Civil Veterinary Department Bihar reports 1936-40 - 1936-1940
Year: 1936
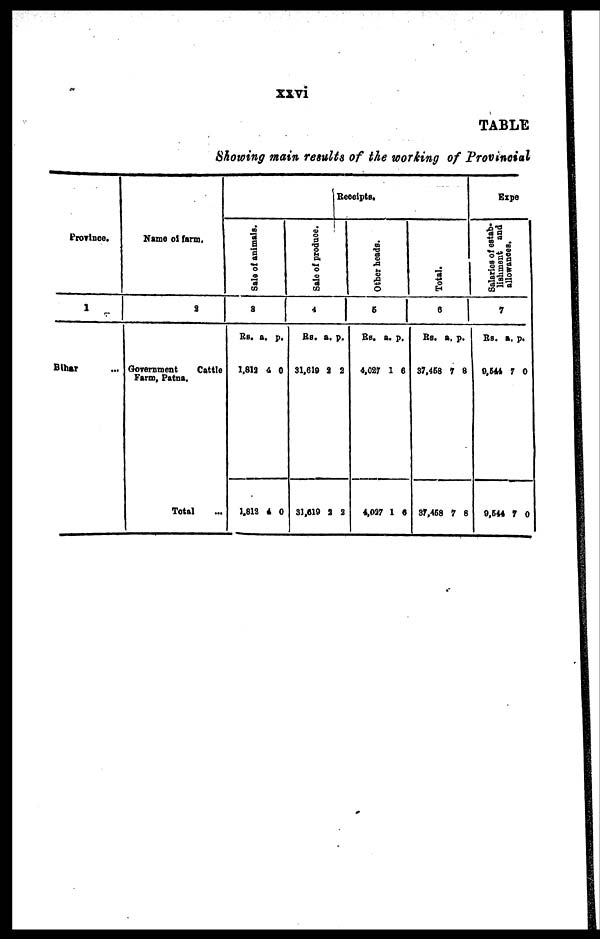
xxvi
TABLE
Showing main results of the working of Provincial
Province.
1
Bihar ...
Name of farm.
2
Government
Cattle
Farm, Patna.
Total …
Receipts.
Sale of animals.
3
Rs.
1,812
1,812
a.
4
4
p.
0
0
Sale of produce.
4
Rs.
31,619
31,619
a.
2
2
p.
2
2
Other heads.
5
Be.
4,027
4,027
a.
1
1
p.
6
6
Total.
6
Rs.
37,458
37,458
a.
7
7
p.
8
8
Expe
Salaries of estab-
lishment and
allowances.
7
Rs.
9,644
9,644
a.
7
7
p.
0
0